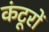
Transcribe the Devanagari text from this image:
कंटूरों